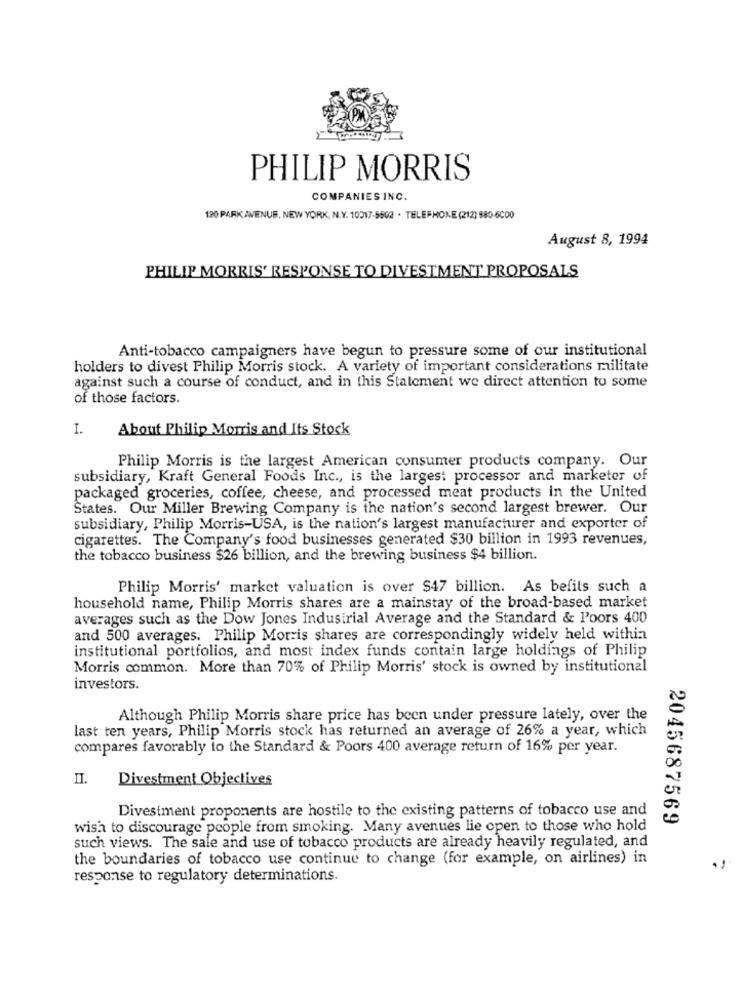
PHILIP MORRIS
COMPANIES INC.
120 PARK AVENUE, NEW YORK, N.Y. 10017-5502 . TELEPHONE (212) 880-6000
August 8, 1994
PHILIP MORRIS' RESPONSE TO DIVESTMENT PROPOSALS
Anti-tobacco campaigners have begun to pressure some of our institutional
holders to divest Philip Morris stock. A variety of important considerations militate
against such a course of conduct, and in this Statement we direct attention to some
of those factors.
I.
About Philip Morris and Its Stock
Philip Morris is the largest American consumer products company. Our
subsidiary, Kraft General Foods Inc ., is the largest processor and marketer of
packaged groceries, coffee, cheese, and processed meat products in the United
States. Our Miller Brewing Company is the nation's second largest brewer. Our
subsidiary, Philip Morris-USA, is the nation's largest manufacturer and exporter of
cigarettes. The Company's food businesses generated $30 billion in 1993 revenues,
the tobacco business $26 billion, and the brewing business $4 billion.
Philip Morris' market valuation is over $47 billion. As befits such a
household name, Philip Morris shares are a mainstay of the broad-based market
averages such as the Dow Jones Industrial Average and the Standard & Poors 400
and 500 averages. Philip Morris shares are correspondingly widely held within
institutional portfolios, and most index funds contain large holdings of Philip
Morris common. More than 70% of Philip Morris' stock is owned by institutional
investors.
Although Philip Morris share price has been under pressure lately, over the
last ten years, Philip Morris stock has returned an average of 26% a year, which
compares favorably to the Standard & Poors 400 average return of 16% per year.
II.
Divestment Objectives
Divestment proponents are hostile to the existing patterns of tobacco use and
2045687569
wish to discourage people from smoking. Many avenues lie open to those who hold
such views. The sale and use of tobacco products are already heavily regulated, and
the boundaries of tobacco use continue to change (for example, on airlines) in
response to regulatory determinations.